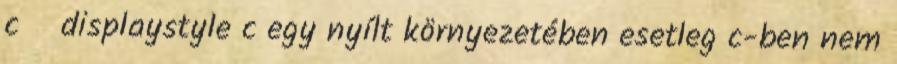
c displaystyle c egy nyílt környezetében esetleg c-ben nem